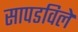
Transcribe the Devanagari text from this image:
सापडविले